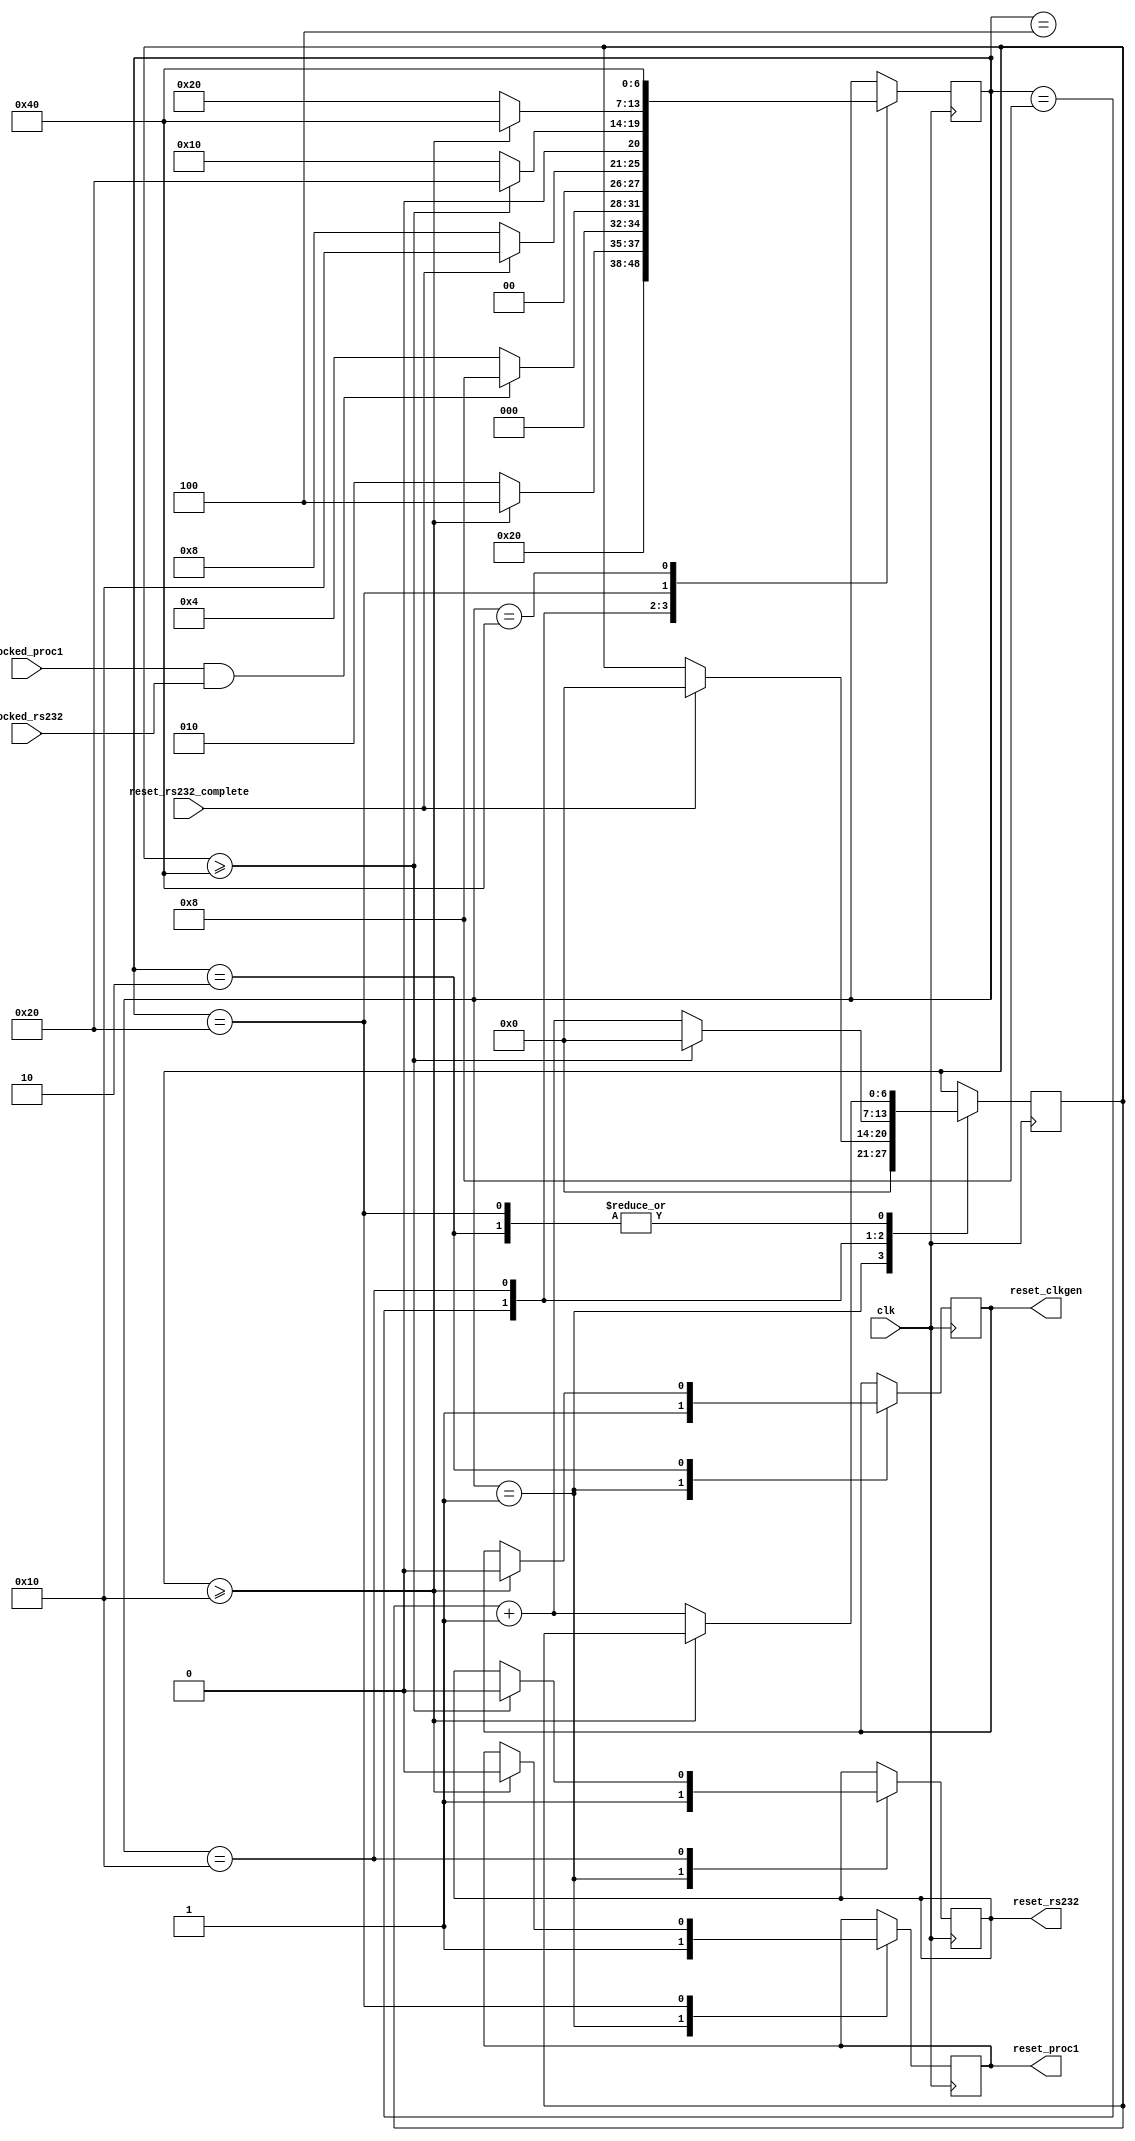
`timescale 1ns / 1ps
///////////////////////////////////////////////////////////////////////////////
// Company: 
// Engineer: 
// 
// Design Name: 
// Module Name:    resetCtrl 
// Project Name: 
// Target Devices: 
// Tool versions: 
// Description: 
//
// Dependencies: 
//
// Revision: 
// Revision 0.01 - File Created
// Additional Comments: 
//
///////////////////////////////////////////////////////////////////////////////
module resetCtrl
  ( clk, reset_clkgen,
    locked_proc1, locked_rs232,
    reset_rs232_complete,
    reset_rs232, reset_proc1 );

   input       clk;
   output      reset_clkgen;
   input       locked_proc1;
   input       locked_rs232;
   input       reset_rs232_complete;      
   output      reset_rs232;
   output      reset_proc1;

   // start out with reset_clkgen=1, reset_rs232=1, reset_proc1=1
   // count to 16, then release reset_clkgen
   // wait for locked_proc1 and locked_rs232
   // wait for first positive edge on rs232 clock
   // count to 64, then release reset_rs232
   // count to 16, then release reset_proc1

   reg         reset_clkgen_reg = 1;
   reg         reset_rs232_reg = 1;
   reg         reset_proc1_reg = 1;

   reg [6:0]   counter;

   assign reset_clkgen = reset_clkgen_reg;
   assign reset_rs232 = reset_rs232_reg;
   assign reset_proc1 = reset_proc1_reg;
   
   parameter [6:0]
     IN_RESET            = 7'b0000001,
     COUNT_CLKGEN        = 7'b0000010,
     WAIT_LOCKED         = 7'b0000100,
     WAIT_POSEDGE_RS232  = 7'b0001000,
     COUNT_RS232         = 7'b0010000,
     COUNT_PROC          = 7'b0100000,
     RUNNING             = 7'b1000000;

   (* FSM_ENCODING="ONE-HOT", SAFE_IMPLEMENTATION="NO" *)
   reg [6:0]   state = IN_RESET;

   always@(posedge clk)
     (* FULL_CASE, PARALLEL_CASE *)
     case (state)
       IN_RESET : begin
          state <= COUNT_CLKGEN;
          counter <= 7'd0;
          reset_clkgen_reg <= 1;
          reset_rs232_reg <= 1;
          reset_proc1_reg <= 1;
       end
       COUNT_CLKGEN : begin
          if (counter >= 7'd16) begin
             reset_clkgen_reg <= 0;
             state <= WAIT_LOCKED;
          end else begin
             counter <= counter + 1;
             state <= COUNT_CLKGEN;
          end
       end
       WAIT_LOCKED : begin
          if (locked_proc1 & locked_rs232) begin
             state <= WAIT_POSEDGE_RS232;
          end else begin
             state <= WAIT_LOCKED;
          end
       end
       WAIT_POSEDGE_RS232 : begin
          if (reset_rs232_complete) begin
             counter <= 7'd0;
             state <= COUNT_RS232;
          end else begin
             state <= WAIT_POSEDGE_RS232;
          end
       end
       COUNT_RS232 : begin
          if (counter >= 7'd64) begin
             reset_rs232_reg <= 0;
             counter <= 7'd0;
             state <= COUNT_PROC;
          end else begin
             counter <= counter + 1;
             state <= COUNT_RS232;
          end
       end
       COUNT_PROC : begin
          if (counter >= 7'd16) begin
             reset_proc1_reg <= 0;
             state <= RUNNING;
          end else begin
             counter <= counter + 1;
             state <= COUNT_PROC;
          end
       end
       RUNNING : begin
          state <= RUNNING;
       end
     endcase

endmodule